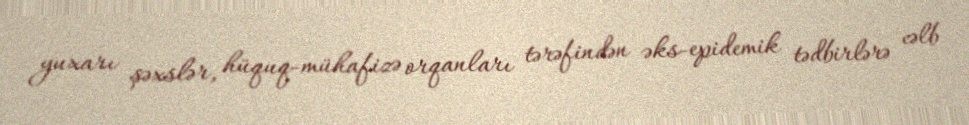
yuxarı şəxslər, hüquq-mühafizə orqanları tərəfindən əks-epidemik tədbirlərə cəlb